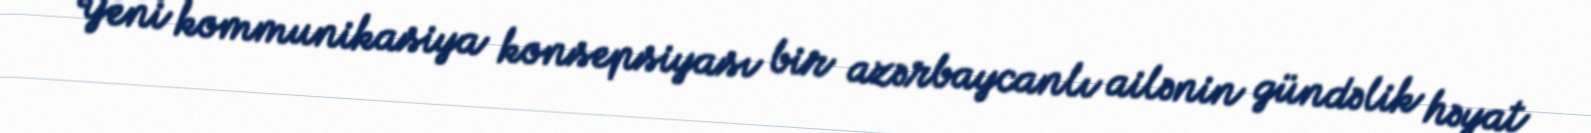
Yeni kommunikasiya konsepsiyası bir azərbaycanlı ailənin gündəlik həyat